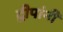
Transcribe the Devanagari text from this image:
द्वीपांनी